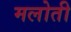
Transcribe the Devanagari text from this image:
मलोती